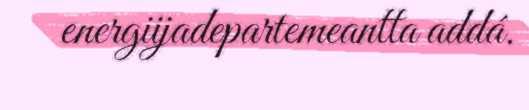
energiijadepartemeantta addá.